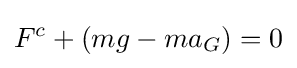
F_{}^{c}+(mg-ma_{G})=0